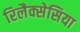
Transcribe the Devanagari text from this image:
रिलैक्सेसिया